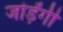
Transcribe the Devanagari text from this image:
जोड़ेंगी